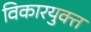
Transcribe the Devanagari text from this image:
विकारयुक्त